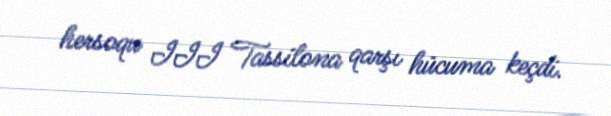
hersoqu III Tassilona qarşı hücuma keçdi.